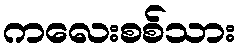
ကလေးစစ်သား